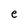
Character: e